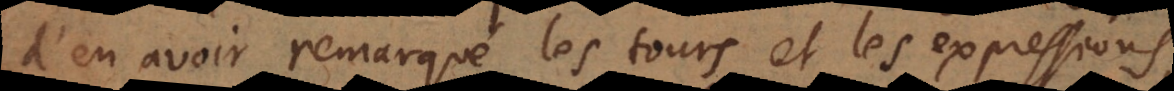
d’en avoir remarqué les tours et les expressions,